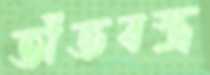
তাঁতবস্ত্র